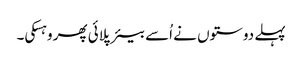
پہلے دوستوں نے اُسے بیئر پلائی پھر وہسکی۔